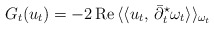
\begin{align*}G_t( u_t)= -2\,\mbox{Re}\,\langle\langle u_t,\,\bar\partial_t ^{\star}\omega_t\rangle\rangle_{\omega_t}\end{align*}